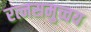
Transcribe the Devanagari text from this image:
रत्नसमुच्चय